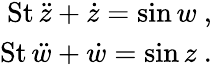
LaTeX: \begin{array}{r}{\textrm{St}\, \ddot{z}+\dot{z}=\sin w~,}\\ {\textrm{St}\, \ddot{w}+\dot{w}=\sin z~.}\end{array}